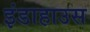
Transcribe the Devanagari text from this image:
इंडाहाउस